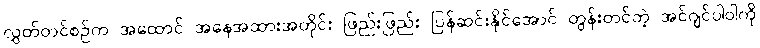
လွှတ်တင်စဉ်က အထောင် အနေအထားအတိုင်း ဖြည်းဖြည်း ပြန်ဆင်းနိုင်အောင် တွန်းတင်တဲ့ အင်ဂျင်ပါဝါကို